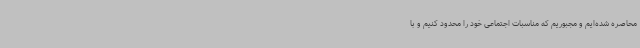
محاصره شده‌ایم و مجبوریم که مناسبات اجتماعی خود را محدود کنیم و با